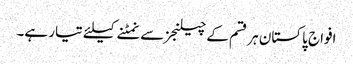
افواج پاکستان ہر قسم کے چیلنجز سے نمٹنے کیلئے تیار ہے۔